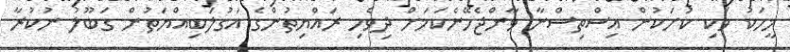
މީހަކު ވަކި ކުށަކުން އިސްތިސްނާ ވާންޖެހޭނެކަމަށް ދިވެހި ރައްޔިތުންގެ އަގުލަބިއްޔަތުން ގަބޫލު ނުކުރާ